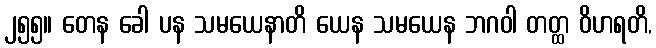
၂၅၅။ တေန ခေါ ပန သမယေနာတိ ယေန သမယေန ဘဂဝါ တတ္ထ ဝိဟရတိ,